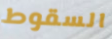
السقوط